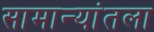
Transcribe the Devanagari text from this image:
सामान्यांतला